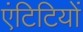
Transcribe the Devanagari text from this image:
एंटिटियों